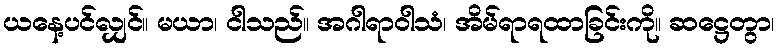
ယနေ့ပင်လျှင်။ မယာ၊ ငါသည်။ အဂါရာဝါသံ၊ အိမ်ရာရထာခြင်းကို။ ဆဋ္ဌေတွာ၊